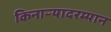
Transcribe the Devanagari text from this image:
किनाऱ्यादरम्यान